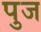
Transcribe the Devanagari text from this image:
पुज